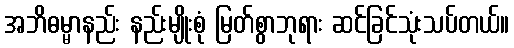
အဘိဓမ္မာနည်း နည်းမျိုးစုံ မြတ်စွာဘုရား ဆင်ခြင်သုံးသပ်တယ်။